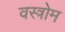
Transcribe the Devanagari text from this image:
वस्त्रोम